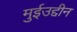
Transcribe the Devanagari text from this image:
मुईउद्दीन